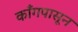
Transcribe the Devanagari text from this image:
काँगपासून